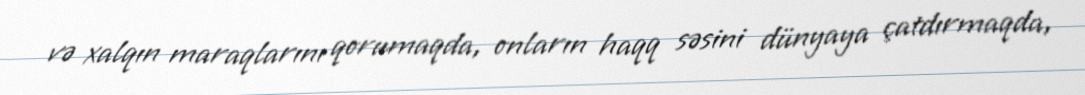
və xalqın maraqlarını qorumaqda, onların haqq səsini dünyaya çatdırmaqda,